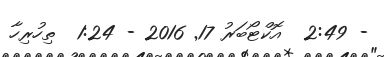
- 2:49  އޮކްޓޯބަރު 17